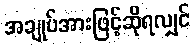
အချုပ်အားဖြင့်ဆိုရလျှင်